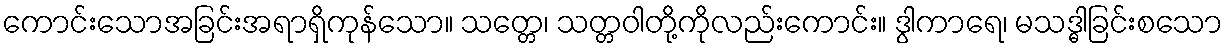
ကောင်းသောအခြင်းအရာရှိကုန်သော။ သတ္တေ၊ သတ္တဝါတို့ကိုလည်းကောင်း။ ဒွါကာရေ၊ မသဒ္ဓါခြင်းစသော